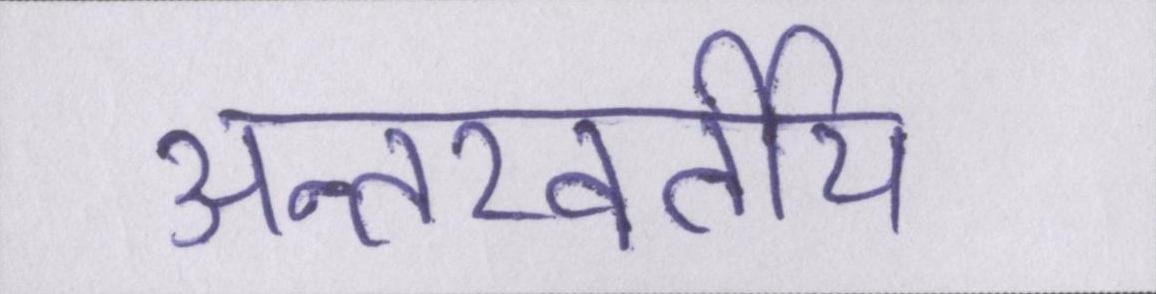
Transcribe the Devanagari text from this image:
अन्तरवर्तीय